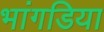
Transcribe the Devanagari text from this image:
भांगडिया